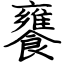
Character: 饔